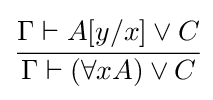
{\cfrac {\Gamma \vdash A[y/x]\lor C}{\Gamma \vdash (\forall xA)\lor C}}